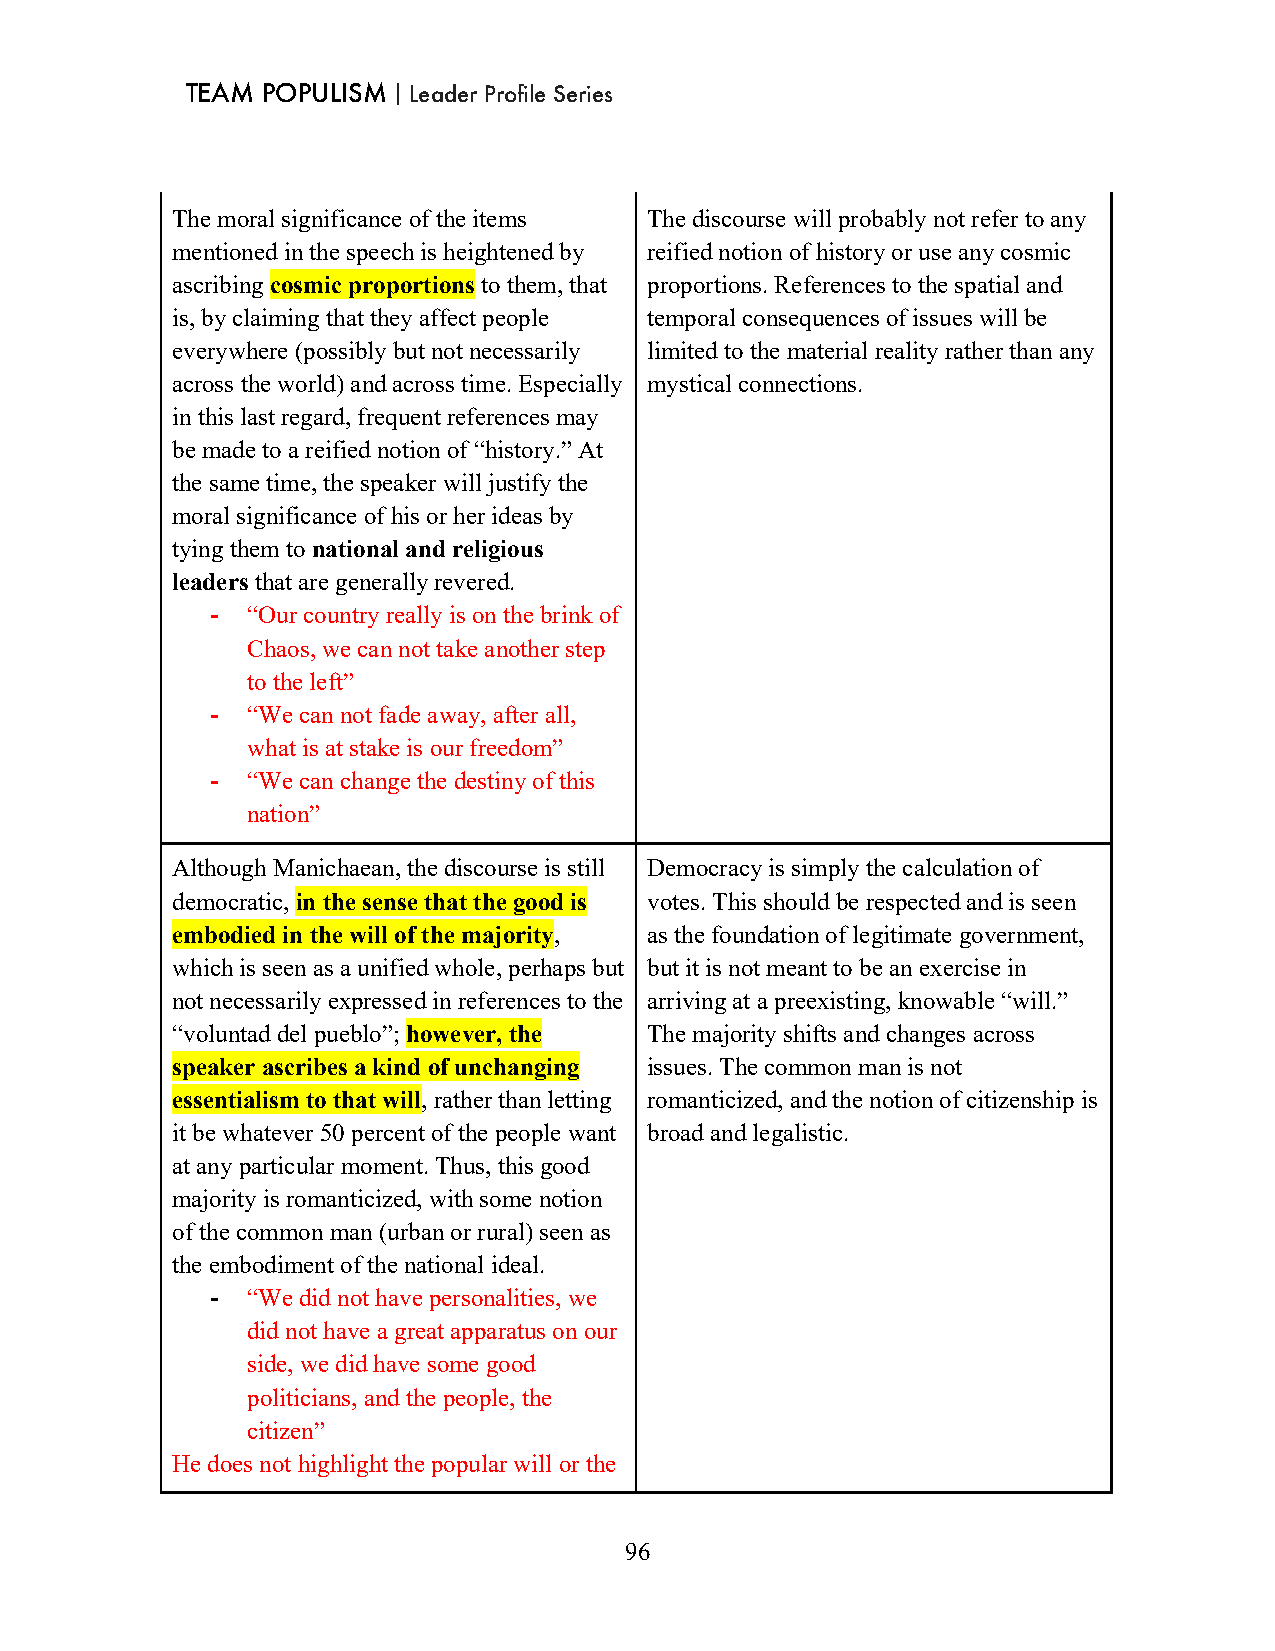
TEAM POPULISM｜Leader Profile Series
 The moral significance of the items The discourse will probably not refer to any
 mentioned in the speech is heightened by reified notion of history or use any cosmic
 ascribing cosmic proportions to them, that proportions. References to the spatial and
 is, by claiming that they affect people temporal consequences of issues will be
 everywhere (possibly but not necessarily limited to the material reality rather than any
 across the world) and across time. Especially mystical connections.
 in this last regard, frequent references may
 be made to a reified notion of “history.” At
 the same time, the speaker will justify the
 moral significance of his or her ideas by
 tying them to national and religious
 leaders that are generally revered.
 - “Our country really is on the brink of
 Chaos, we can not take another step
 to the left”
 - “We can not fade away, after all,
 what is at stake is our freedom”
 - “We can change the destiny of this
 nation”
 Although Manichaean, the discourse is still Democracy is simply the calculation of
 democratic, in the sense that the good is votes. This should be respected and is seen
 embodied in the will of the majority, as the foundation of legitimate government,
 which is seen as a unified whole, perhaps but but it is not meant to be an exercise in
 not necessarily expressed in references to the arriving at a preexisting, knowable “will.”
 “voluntad del pueblo”; however, the The majority shifts and changes across
 speaker ascribes a kind of unchanging issues. The common man is not
 essentialism to that will, rather than letting romanticized, and the notion of citizenship is
 it be whatever 50 percent of the people want broad and legalistic.
 at any particular moment. Thus, this good
 majority is romanticized, with some notion
 of the common man (urban or rural) seen as
 the embodiment of the national ideal.
 - “We did not have personalities, we
 did not have a great apparatus on our
 side, we did have some good
 politicians, and the people, the
 citizen”
 He does not highlight the popular will or the
 96